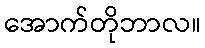
အောက်တိုဘာလ။